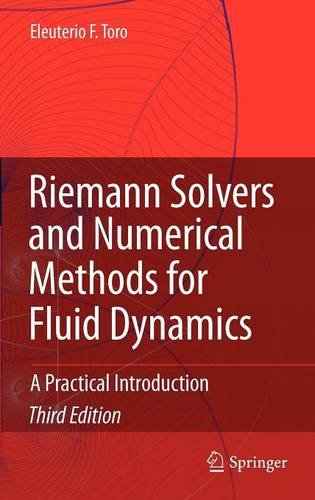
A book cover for Riemann Solvers and Numerical Methods for Fluid Dynamics: A Practical Introduction; Eleuterio F. Toro; Science & Math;